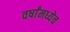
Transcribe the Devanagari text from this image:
वर्षांमध्येच